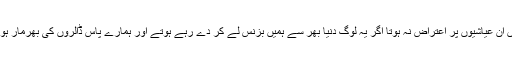
ہمیں ان عیاشیوں پر اعتراض نہ ہوتا اگر یہ لوگ دنیا بھر سے ہمیں بزنس لے کر دے رہے ہوتے اور ہمارے پاس ڈالروں کی بھرمار ہوتی۔